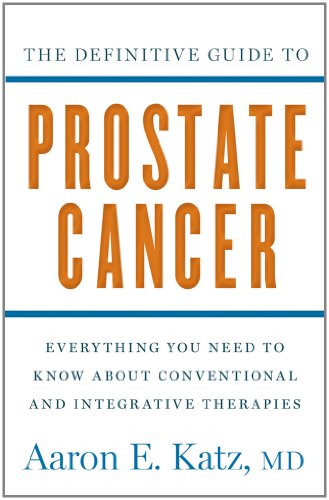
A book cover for The Definitive Guide to Prostate Cancer: Everything You Need to Know about Conventional and Integrative Therapies; Aaron Katz; Health, Fitness & Dieting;